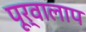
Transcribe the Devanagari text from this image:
पूर्वालाप